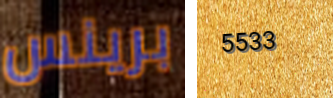
برينس 5533